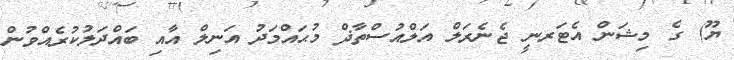
ޔޫ) ގެ މިޝަން އެޓަރނީ ޖެނެރަލް އަލްއުސްތާޛް މުޙައްމަދު އަނިލް އާއި ބައްދަލުކުރެއްވުން